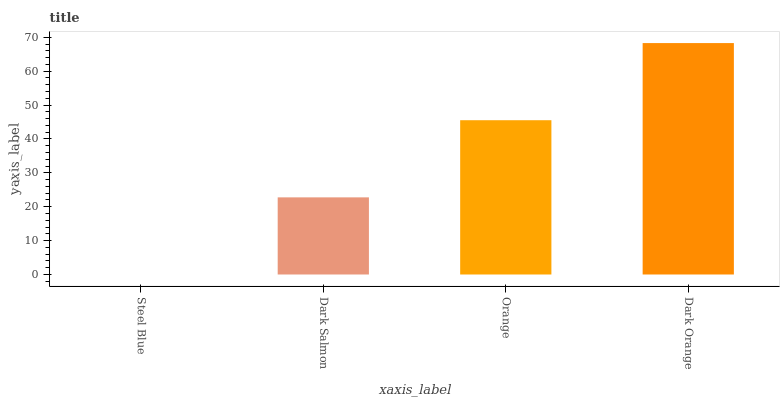
| xaxis_label | bars |
 | --- | --- |
 | Steel Blue | 0 |
 | Dark Salmon | 22.8 |
 | Orange | 45.5 |
 | Dark Orange | 68.3 |